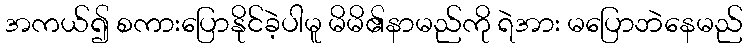
အကယ်၍ စကားပြောနိုင်ခဲ့ပါမူ မိမိ၏နာမည်ကို ရဲအား မပြောဘဲနေမည်